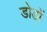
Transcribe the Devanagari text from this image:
डोडों